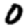
Digit: 0